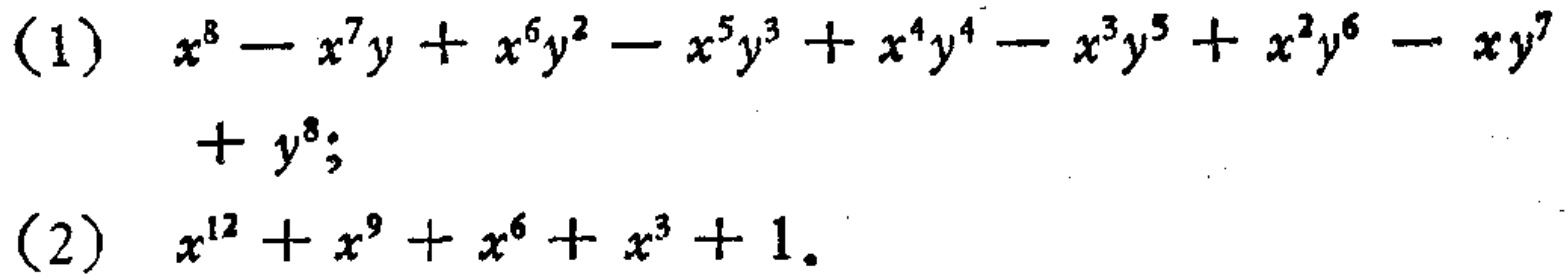
(1) \(x^{8}-x^{7}y + x^{6}y^{2}-x^{5}y^{3}+x^{4}y^{4}-x^{3}y^{5}+x^{2}y^{6}-xy^{7}+y^{8}\);

(2) \(x^{12}+x^{9}+x^{6}+x^{3}+1\)